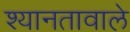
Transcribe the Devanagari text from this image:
श्यानतावाले